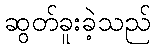
ဆွတ်ခူးခဲ့သည်